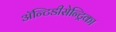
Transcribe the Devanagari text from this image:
ॲन्टिडीसेन्ट्रिका